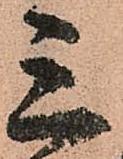
三